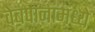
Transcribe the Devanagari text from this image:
वेबपानांमध्ये